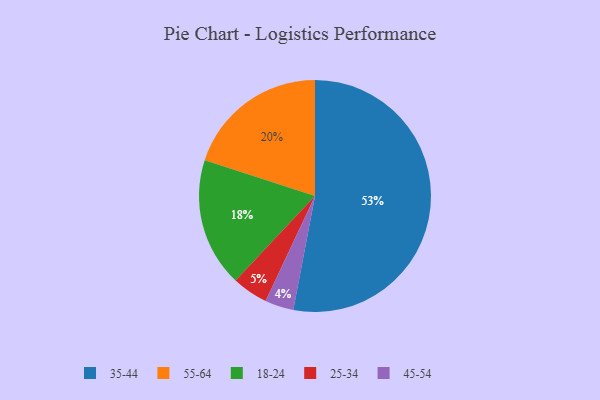
{"axis": {"x": "Category", "y": "Percentage"}, "legend": ["18-24", "25-34", "35-44", "45-54", "55-64"], "data": [{"x": "45-54", "y": 4, "type": "45-54"}, {"x": "35-44", "y": 53, "type": "35-44"}, {"x": "18-24", "y": 18, "type": "18-24"}, {"x": "55-64", "y": 20, "type": "55-64"}, {"x": "25-34", "y": 5, "type": "25-34"}]}